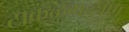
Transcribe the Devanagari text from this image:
टाकळगव्हाण